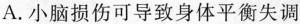
A.小脑损伤可导致身体平衡失调